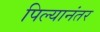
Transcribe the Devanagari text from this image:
पिल्यानंतर